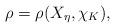
LaTeX: \begin{align*} \rho=\rho(X_\eta,\chi_K),\end{align*}